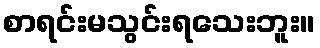
စာရင်းမသွင်းရသေးဘူး။